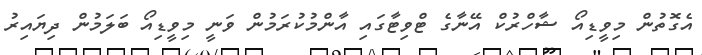
އެގޮތުން މިވީޑިއޯ ޝާހްރުކް އޭނާގެ ޓްވިޓާގައި އާންމުކުރަމުން ވަނީ މިވީޑިއޯ ބަލަމުން ދިޔައިރު